Reports on dispensaries and lunatic asylums in the Province of Oudh - 1869-1876
Year: 1869
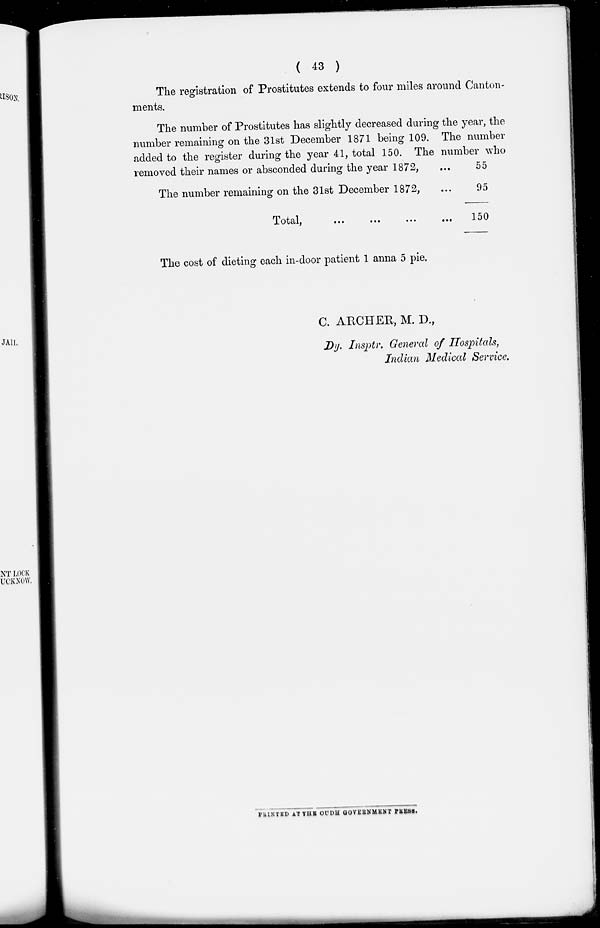
( 43 )
The registration of Prostitutes extends to four miles around Canton-
ments.
The number of Prostitutes has slightly decreased during the year, the
number remaining on the 31st December 1871 being 109. The number
added to the register during the year 41, total 150. The number who
removed their names or absconded during the year 1872, ...
The number remaining on the 31st December 1872,
Total,
...
...
...
...
55
95
150
The cost of dieting each in-door patient 1 anna 5 pie.
C. ARCHER, M. D.,
Dy. Insptr. General of Hospitals,
Indian Medical Service.